Annual report of the Prince of Wales Medical College, Patna
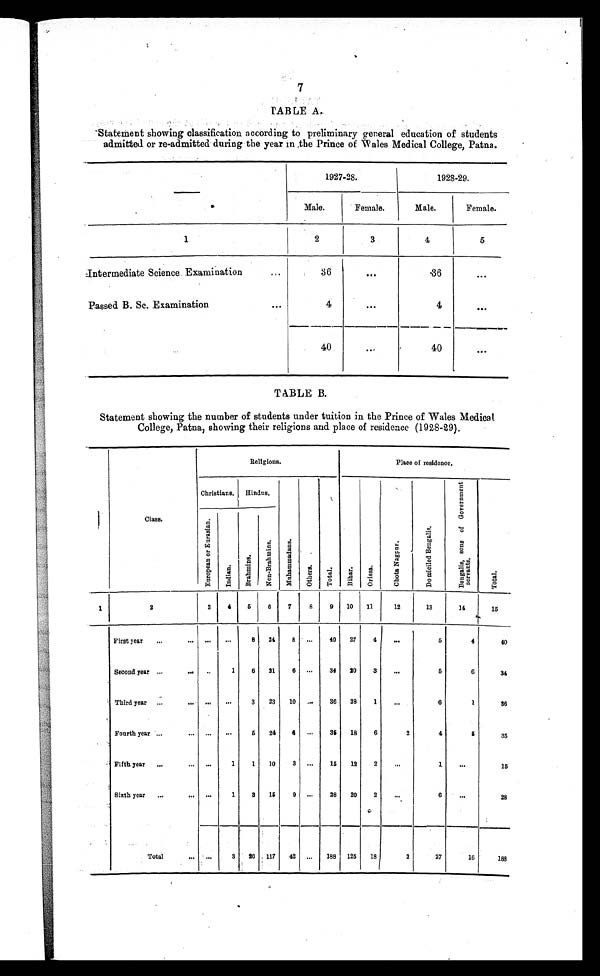
7
TABLE A.
Statement showing classification according to preliminary general education of students
admitted or re-admitted during the year in the Prince of Wales Medical College, Patna.
—
1927-28.
1928-29.
Male.
Female.
Male.
Female.
1
2
3
4
5
Intermediate Science Examination
...
36
...
36
. . .
Passed B. Sc. Examination
. . .
4
. . .
4
. . .
40
. . .
40
. . .
TABLE B.
Statement showing the number of students under tuition in the Prince of Wales Medical
College, Patna, showing their religions and place of residence (1928-29).
—
Class.
Religions.
Place of residence.
Christians. Hindus.
M u h a m m a d a n s .
O t h e r s .
T o t a l .
B i h a r .
O r i s s a .
C h o t a N a g p u r .
D o m i c i l e d B e n g a l i s .
B e n g a l i s , s o n s o f G o v e r n m e n t s e r v a n t s .
T o t a l .
E u r o p e a n o r E u r a s i a n .
I n d i a n .
B r a h m i n s .
No n - Br a h mi n s .
1
2
3
4
5
6
7
8
9
10
11
12
13
14
15
First year
...
. . . ...
. . .
8 24
8
...
40
27
4
...
5
4
40
Second year ...
. . . . . .
1
6
21
6 ...
34
20
3
...
5
6
34
Third year ...
. . . . . .
. . . 3 23 10
. . .
36
28
1
...
6
1
36
Fourth year ...
. . . ...
. . .
5
24
6 ...
35
18
6
2
4
5
35
Fifth year
...
...
. . .
1
1
10
3 ...
15
12
2
...
1
...
15
Sixth year
...
... ...
1
3
15
9 ...
28
20
2
...
6
. . .
28
Total
...
. . .
3
26 117
4 2
...
188 125
18
2
27
16
188